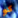
كو